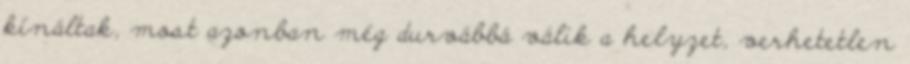
kínáltak, most azonban még durvábbá válik a helyzet, verhetetlen